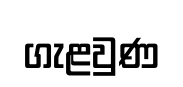
ගැළවුණ